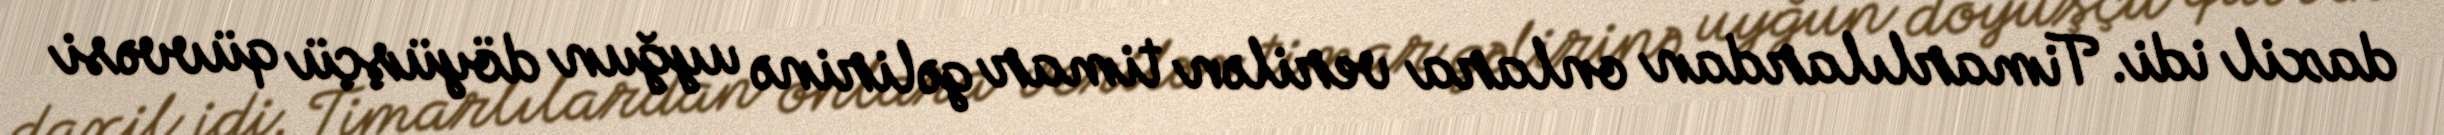
daxil idi. Timarlılardan onlara verilən timar gəlirinə uyğun döyüşçü qüvvəsi